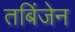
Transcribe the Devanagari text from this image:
तबिंजेन